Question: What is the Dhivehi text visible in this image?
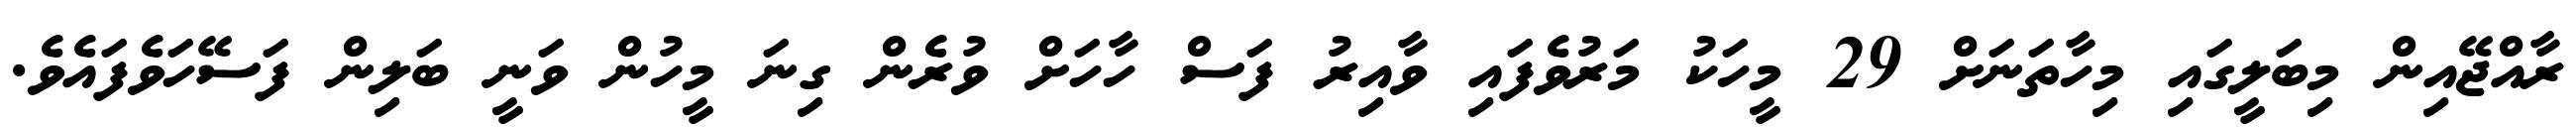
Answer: ރާއްޖޭއިން މިބަލީގައި މިހާތަނަށް 29 މީހަކު މަރުވެފައި ވާއިރު ފަސް ހާހަށް ވުރެން ގިނަ މީހުން ވަނީ ބަލިން ފަސޭހަވެފައެވެ.